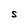
Character: S